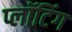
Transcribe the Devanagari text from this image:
प्लॉटिंग